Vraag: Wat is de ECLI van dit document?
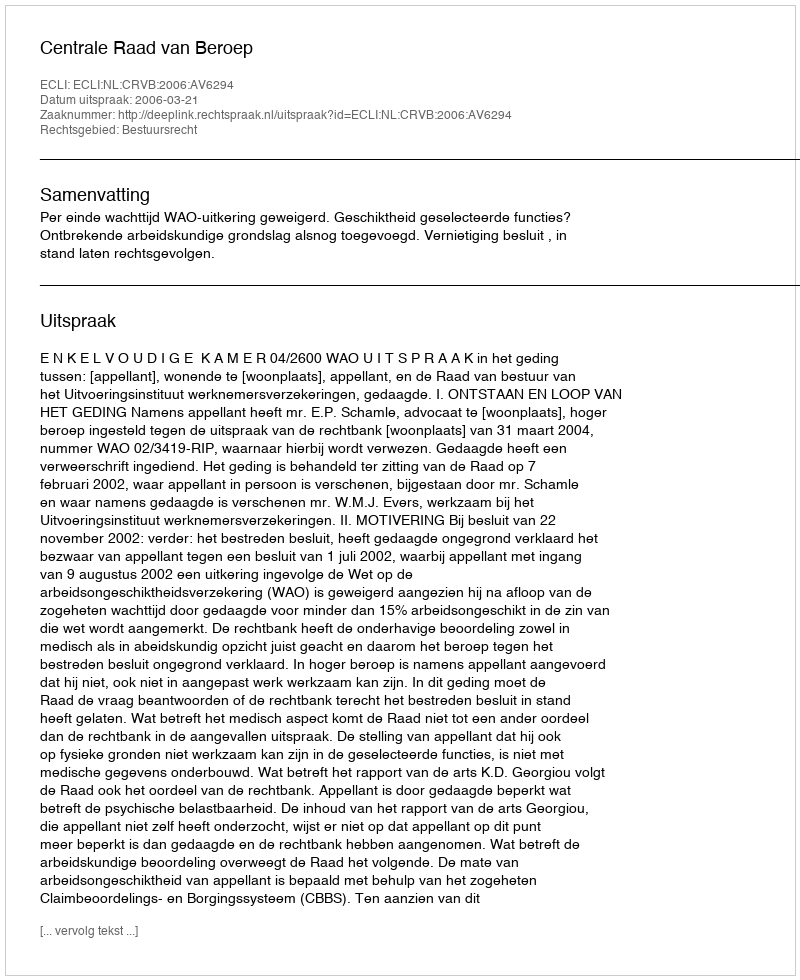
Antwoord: ECLI:NL:CRVB:2006:AV6294